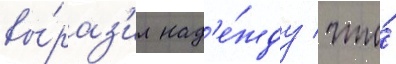
вы́раз'ил над'е́жду / что́